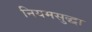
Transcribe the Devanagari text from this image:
नियमसुद्धा